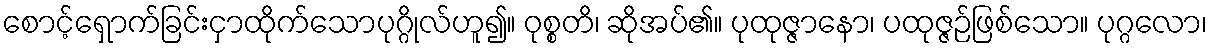
စောင့်ရှောက်ခြင်းငှာထိုက်သောပုဂ္ဂိုလ်ဟူ၍။ ဝုစ္စတိ၊ ဆိုအပ်၏။ ပုထုဇ္ဇာနော၊ ပထုဇ္ဇဉ်ဖြစ်သော။ ပုဂ္ဂလော၊